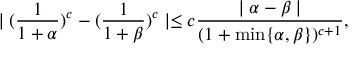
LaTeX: \mid ( \frac { 1 } { 1 + \alpha } ) ^ { c } - ( \frac { 1 } { 1 + \beta } ) ^ { c } \mid \leq c \frac { \mid \alpha - \beta \mid } { ( 1 + \operatorname * { m i n } \{ \alpha , \beta \} ) ^ { c + 1 } } ,